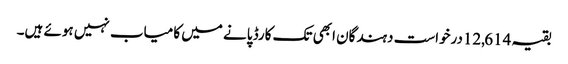
بقیہ 12,614درخواست دہندگان ابھی تک کارڈ پانے میں کامیاب نہیں ہوئے ہیں۔